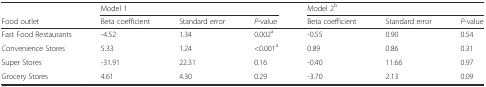
<table><thead><tr><td></td><td colspan="3"><b>Model 1</b></td><td colspan="3"><b>Model 2<sup>b</sup></b></td></tr><tr><td><b>Food outlet</b></td><td><b>Beta coefficient</b></td><td><b>Standard error</b></td><td><b><i>P</i>-value</b></td><td><b>Beta coefficient</b></td><td><b>Standard error</b></td><td><b><i>P</i>-value</b></td></tr></thead><tbody><tr><td>Fast Food Restaurants</td><td>-4.52</td><td>1.34</td><td>0.002<sup>a</sup></td><td>-0.55</td><td>0.90</td><td>0.54</td></tr><tr><td>Convenience Stores</td><td>5.33</td><td>1.24</td><td>&lt;0.001<sup>a</sup></td><td>0.89</td><td>0.86</td><td>0.31</td></tr><tr><td>Super Stores</td><td>-31.91</td><td>22.31</td><td>0.16</td><td>-0.40</td><td>11.66</td><td>0.97</td></tr><tr><td>Grocery Stores</td><td>4.61</td><td>4.30</td><td>0.29</td><td>-3.70</td><td>2.13</td><td>0.09</td></tr></tbody></table>